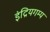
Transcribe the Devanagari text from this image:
इंद्रियगम्य